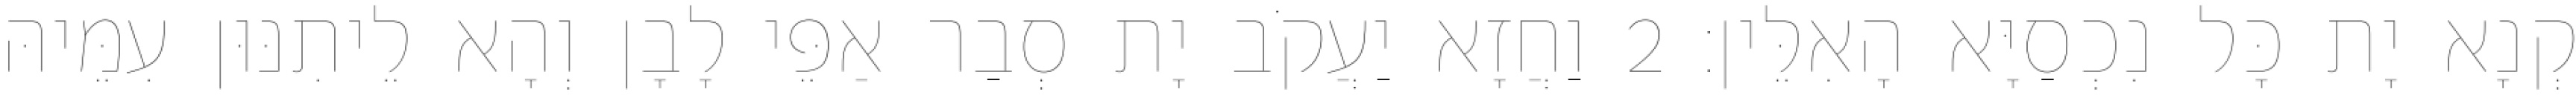
קְנָא יָת כָּל נִכְסַיָּא הָאִלֵּין׃ 2 וַחֲזָא יַעֲקֹב יָת סְבַר אַפֵּי לָבָן וְהָא לֵיתִנּוּן עִמֵּיהּ